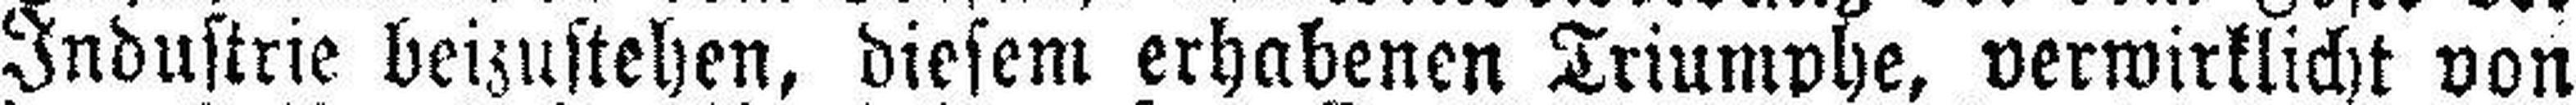
Industrie beizustehen, diesem erhabenen Triumphe, verwirklicht von